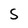
Character: S